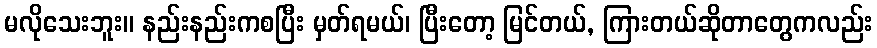
မလိုသေးဘူး။ နည်းနည်းကစပြီး မှတ်ရမယ်၊ ပြီးတော့ မြင်တယ်, ကြားတယ်ဆိုတာတွေကလည်း